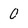
Character: 0